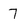
Character: 7